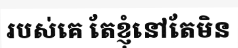
របស់គេ តែខ្ញុំនៅតែមិន